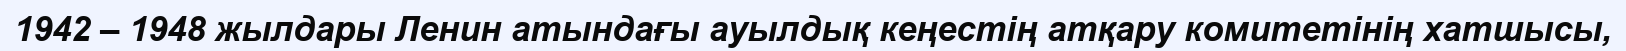
1942 – 1948 жылдары Ленин атындағы ауылдық кеңестің атқару комитетінің хатшысы,